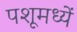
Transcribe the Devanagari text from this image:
पशूमध्यें